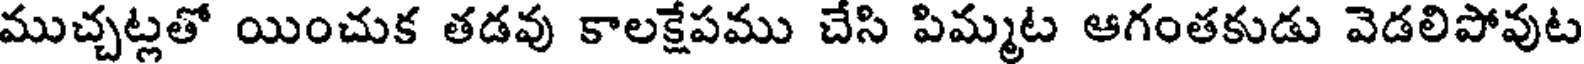
ముచ్చట్లతో యించుక తడవు కాలక్షేపము చేసి పిమ్మట ఆగంతకుడు వెడలిపోవుట